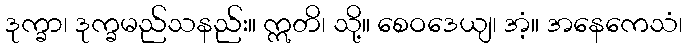
ဒုက္ခာ၊ ဒုက္ခမည်သနည်း။ ဣတိ၊ သို့။ စေဝဒေယျ၊ အံ့။ အနေကေသံ၊